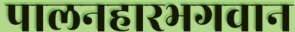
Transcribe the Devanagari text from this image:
पालनहारभगवान